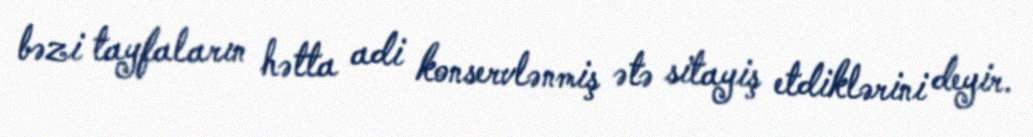
bəzi tayfaların hətta adi konservlənmiş ətə sitayiş etdiklərini deyir.